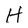
Character: H